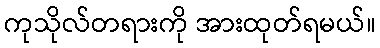
ကုသိုလ်တရားကို အားထုတ်ရမယ်။